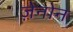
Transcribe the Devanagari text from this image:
ज़ेनोन